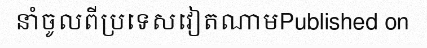
នាំចូលពីប្រទេសវៀតណាមPublished on